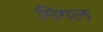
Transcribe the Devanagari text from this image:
मिगल